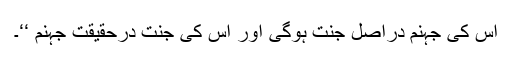
اس کی جہنم دراصل جنت ہوگی اور اس کی جنت درحقیقت جہنم ‘‘۔